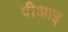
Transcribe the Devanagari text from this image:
वीआइ